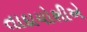
તાદાયોશીએ